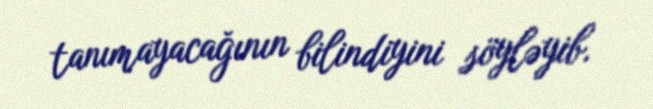
tanımayacağının bilindiyini söyləyib.